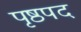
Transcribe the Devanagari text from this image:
पृष्ठपद